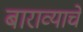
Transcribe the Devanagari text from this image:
बाराव्याचे